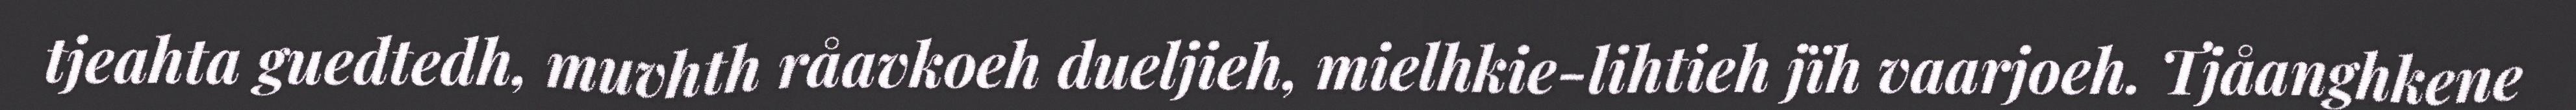
tjeahta guedtedh, muvhth råavkoeh dueljieh, mielhkie-lihtieh jïh vaarjoeh. Tjåanghkene